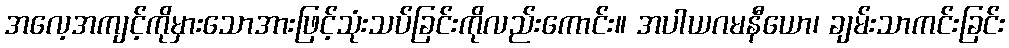
အလေ့အကျင့်ကိုမှားသောအားဖြင့်သုံးသပ်ခြင်းကိုလည်းကောင်း။ အပါယဂမနီယော၊ ချမ်းသာကင်းခြင်း